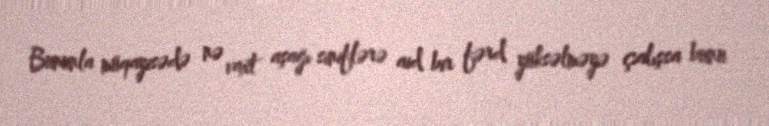
Bununla müqayisədə nə vaxt aşağı siniflərə aid bir fərd yüksəlməyə çalışsa bunu